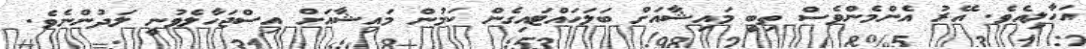
އަހާލިއެވެ. އޭރު އެންމެންވެސް ތިބީ މައިޝާއަށް ބަލަހައްޓައިގެން ކަމުން މައިޝާއަށް އިސްޖަހާލެވުނީ ލަދުންނެވެ.